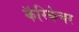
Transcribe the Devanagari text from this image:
कॅरिकेचर